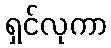
ရှင်လုကာ